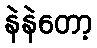
နဲနဲတော့